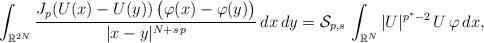
LaTeX: \begin{align*}\int_{\mathbb{R}^{2N}} \frac{J_p(U(x)-U(y))\, \big(\varphi(x)-\varphi(y)\big)}{|x-y|^{N+s\,p}}\,dx\,dy=\mathcal{S}_{p,s}\, \int_{\mathbb{R}^N} |U|^{p^*-2}\,U\,\varphi\,dx,\end{align*}